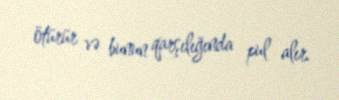
ötürür və bunun qarşılığında pul alır.